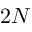
2 N